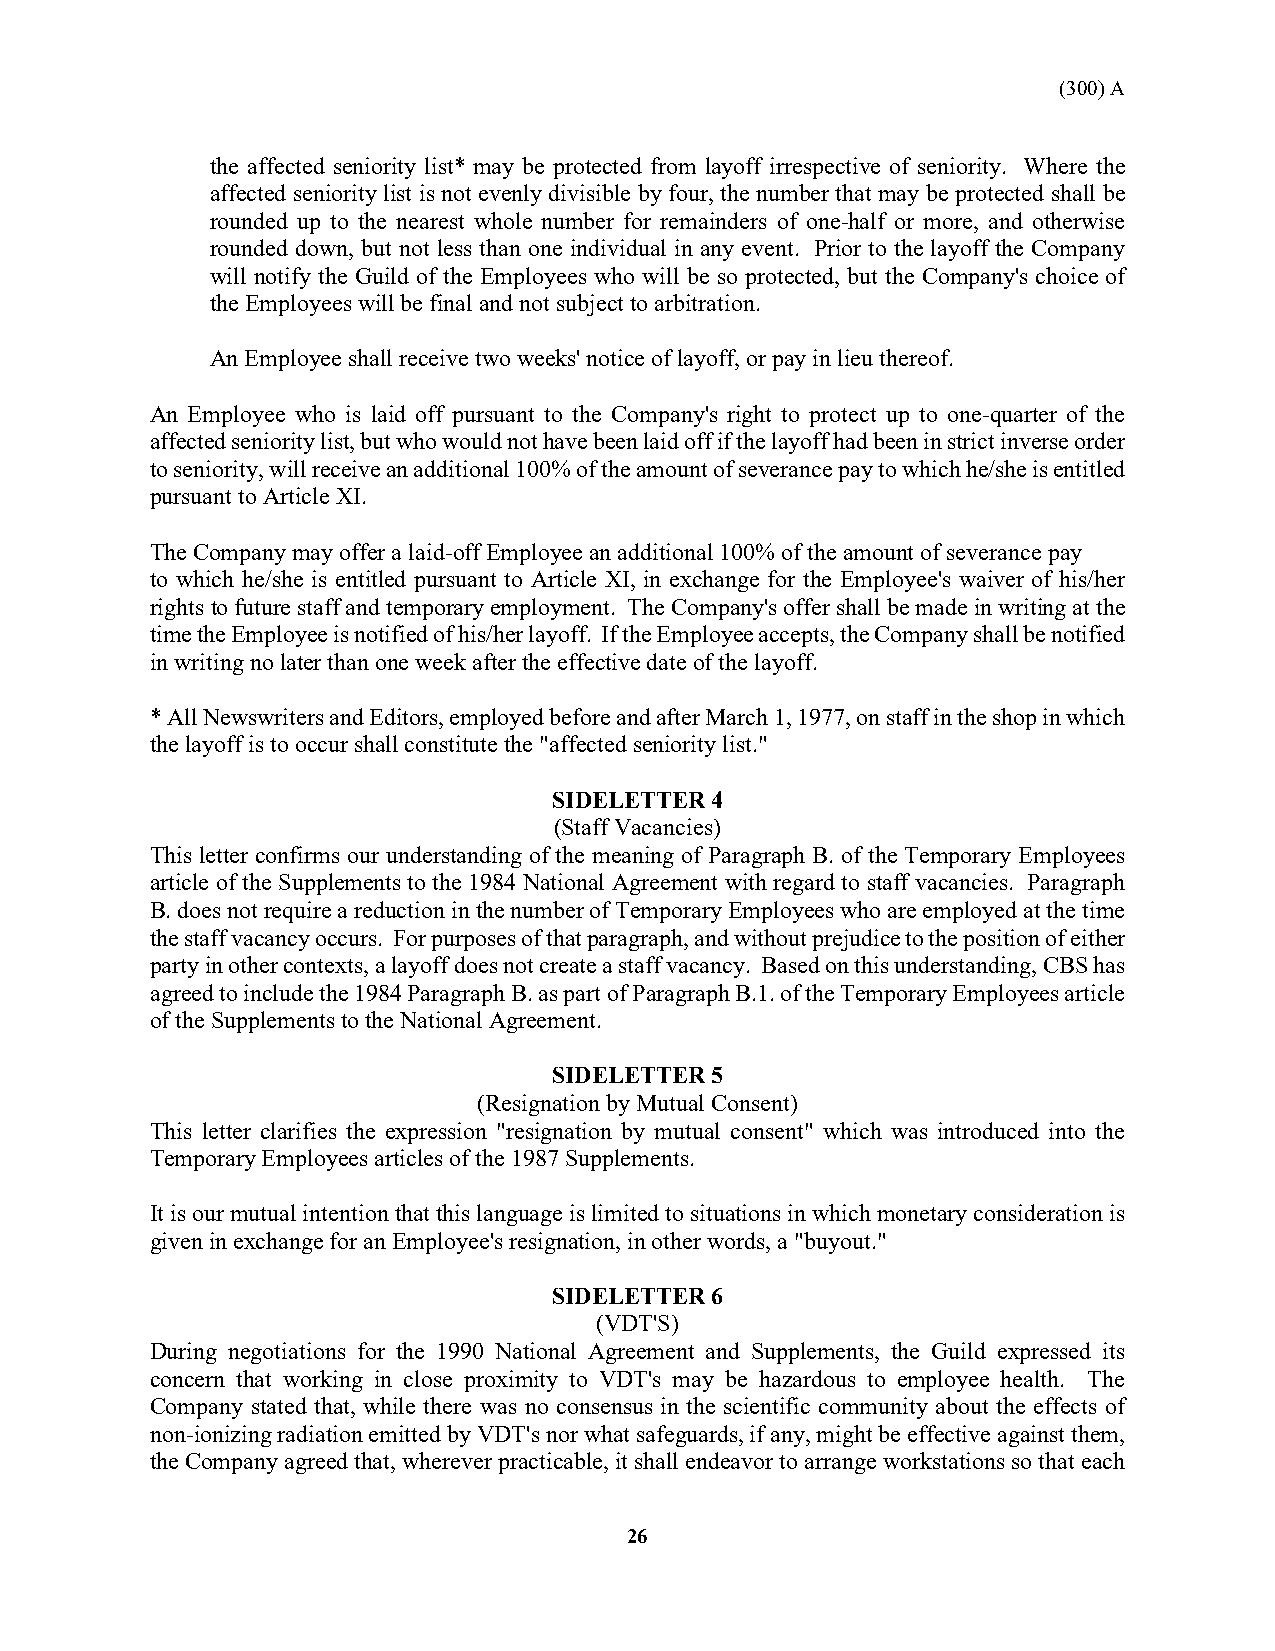
(300) A
 the affected seniority list* may be protected from layoff irrespective of seniority. Where the
 affected seniority list is not evenly divisible by four, the number that may be protected shall be
 rounded up to the nearest whole number for remainders of one-half or more, and otherwise
 rounded down, but not less than one individual in any event. Prior to the layoff the Company
 will notify the Guild of the Employees who will be so protected, but the Company's choice of
 the Employees will be final and not subject to arbitration.
 An Employee shall receive two weeks' notice of layoff, or pay in lieu thereof.
 An Employee who is laid off pursuant to the Company's right to protect up to one-quarter of the
 affected seniority list, but who would not have been laid off if the layoff had been in strict inverse order
 to seniority, will receive an additional 100% of the amount of severance pay to which he/she is entitled
 pursuant to Article XI.
 The Company may offer a laid-off Employee an additional 100% of the amount of severance pay
 to which he/she is entitled pursuant to Article XI, in exchange for the Employee's waiver of his/her
 rights to future staff and temporary employment. The Company's offer shall be made in writing at the
 time the Employee is notified of his/her layoff. If the Employee accepts, the Company shall be notified
 in writing no later than one week after the effective date of the layoff.
 * All Newswriters and Editors, employed before and after March 1, 1977, on staff in the shop in which
 the layoff is to occur shall constitute the "affected seniority list."
 SIDELETTER 4
 (Staff Vacancies)
 This letter confirms our understanding of the meaning of Paragraph B. of the Temporary Employees
 article of the Supplements to the 1984 National Agreement with regard to staff vacancies. Paragraph
 B. does not require a reduction in the number of Temporary Employees who are employed at the time
 the staff vacancy occurs. For purposes of that paragraph, and without prejudice to the position of either
 party in other contexts, a layoff does not create a staff vacancy. Based on this understanding, CBS has
 agreed to include the 1984 Paragraph B. as part of Paragraph B.1. of the Temporary Employees article
 of the Supplements to the National Agreement.
 SIDELETTER 5
 (Resignation by Mutual Consent)
 This letter clarifies the expression "resignation by mutual consent" which was introduced into the
 Temporary Employees articles of the 1987 Supplements.
 It is our mutual intention that this language is limited to situations in which monetary consideration is
 given in exchange for an Employee's resignation, in other words, a "buyout."
 SIDELETTER 6
 (VDT'S)
 During negotiations for the 1990 National Agreement and Supplements, the Guild expressed its
 concern that working in close proximity to VDT's may be hazardous to employee health. The
 Company stated that, while there was no consensus in the scientific community about the effects of
 non-ionizing radiation emitted by VDT's nor what safeguards, if any, might be effective against them,
 the Company agreed that, wherever practicable, it shall endeavor to arrange workstations so that each
 26